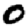
Digit: 0